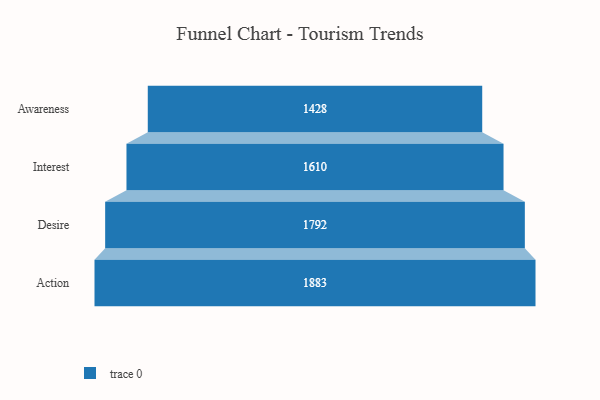
{"axis": {"x": "Stage", "y": "Value"}, "legend": [""], "data": [{"x": "Awareness", "y": 1428.0, "type": ""}, {"x": "Interest", "y": 1610.0, "type": ""}, {"x": "Desire", "y": 1792.0, "type": ""}, {"x": "Action", "y": 1883.0, "type": ""}]}